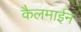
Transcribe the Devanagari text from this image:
कैलमाईन